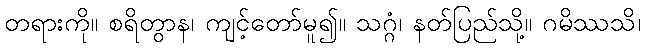
တရားကို။ စရိတွာန၊ ကျင့်တော်မူ၍။ သဂ္ဂံ၊ နတ်ပြည်သို့။ ဂမိဿသိ၊